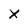
Character: X